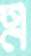
এ